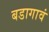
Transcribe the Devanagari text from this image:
बडागावं